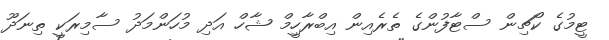
ޓީމުގެ ކޯޗިން ސްޓާފުންގެ ތެރެއިން އިބްރާހިީމް ޝާހް އަދި މުހަންމަދު ސާމިރަކީ ތިނަދޫ